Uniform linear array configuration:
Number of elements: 16
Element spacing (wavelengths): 0.5
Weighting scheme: blackman
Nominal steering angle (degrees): -45
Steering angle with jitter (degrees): -45.599
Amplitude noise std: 0.05
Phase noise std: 0.05

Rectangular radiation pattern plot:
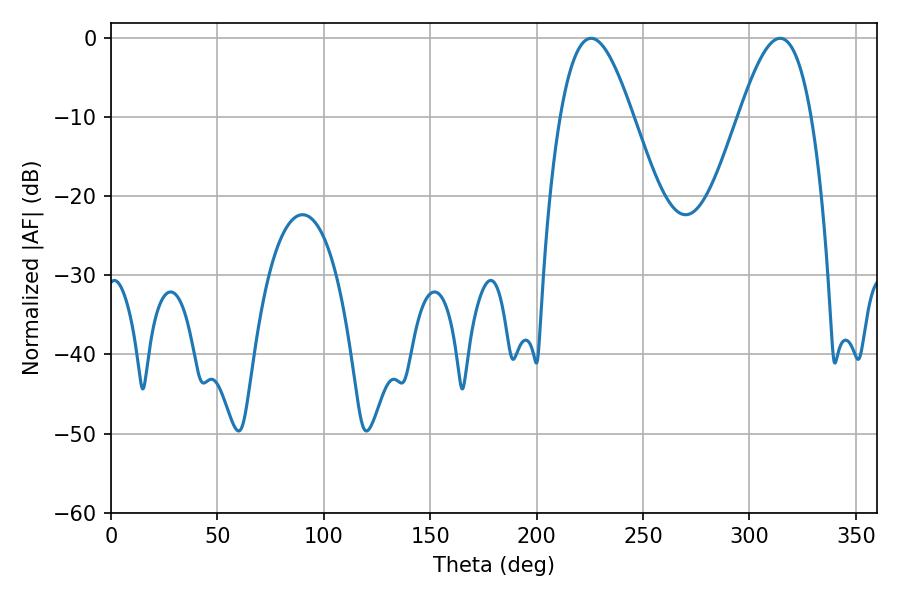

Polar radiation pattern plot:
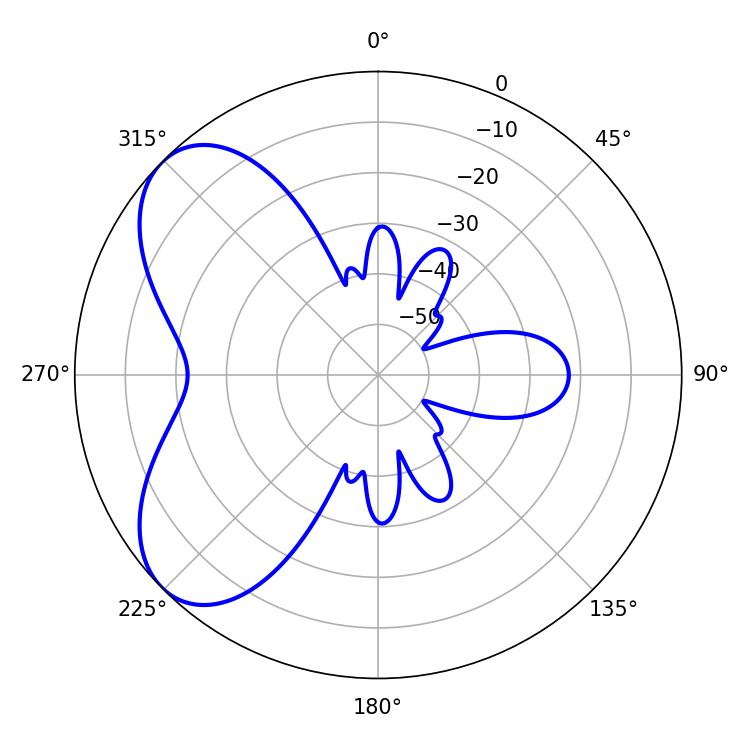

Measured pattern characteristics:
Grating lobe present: FALSE
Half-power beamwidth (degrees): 18.54
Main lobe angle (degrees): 225.54